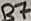
Text: B7